Scottish Leaving Certificate Examination, 1958
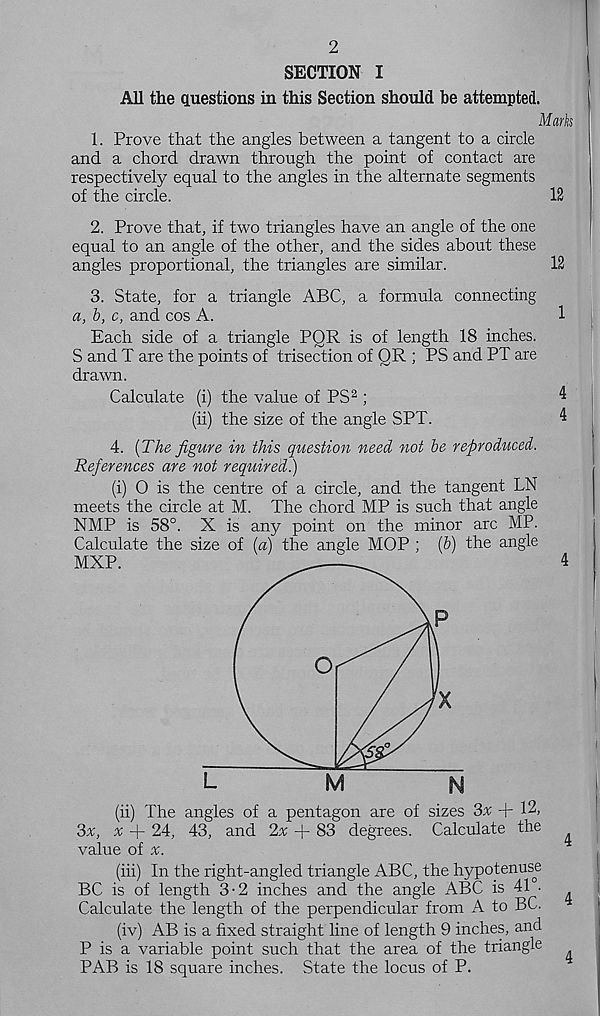
2
SECTION I
All the questions in this Section should be attempted.
Mark
1. Prove that the angles between a tangent to a circle
and a chord drawn through the point of contact are
respectively equal to the angles in the alternate segments
of the circle.
12
2. Prove that, if two triangles have an angle of the one
equal to an angle of the other, and the sides about these
angles proportional, the triangles are similar.
12
3. State, for a triangle ABC, a formula connecting
a, b, c, and cos A.
1
Each side of a triangle PQR is of length 18 inches.
S and T are the points of trisection of QR ; PS and PT are
drawn.
Calculate (i) the value of PS 2 ;
4
(ii) the size of the angle SPT.
4
4. (The figure in this question need not be reproduced.
References are not required.)
(i) O is the centre of a circle, and the tangent LN
meets the circle at M. The chord MP is such that angle
NMP is 58°. X is any point on the minor arc MP.
Calculate the size of (a) the angle MOP ; (b) the angle
(ii) The angles of a pentagon are of sizes 3% + 12,
3x, x + 24, 43, and Zx + 83 degrees. Calculate the
value of %.
(hi) In the right-angled triangle ABC, the hypotenuse
BC is of length 3-2 inches and the angle ABC is 41°-
Calculate the length of the perpendicular from A to BC.
(iv) AB is a fixed straight line of length 9 inches, and
P is a variable point such that the area of the triangle ^
PAB is 18 square inches. State the locus of P.